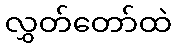
လွှတ်တော်ထဲ